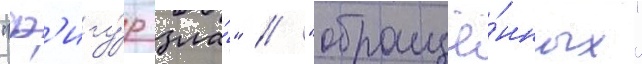
"ф'игу́р зла́" // "обращё́нных"